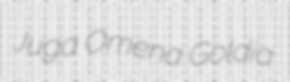
Juga Omena Goldia